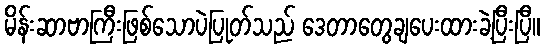
မိန်းဆာဗာကြီးဖြစ်သောပဲပြုတ်သည် ဒေတာတွေချပေးထားခဲ့ပြီးပြီ။